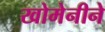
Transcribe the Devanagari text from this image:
खोमेनीने